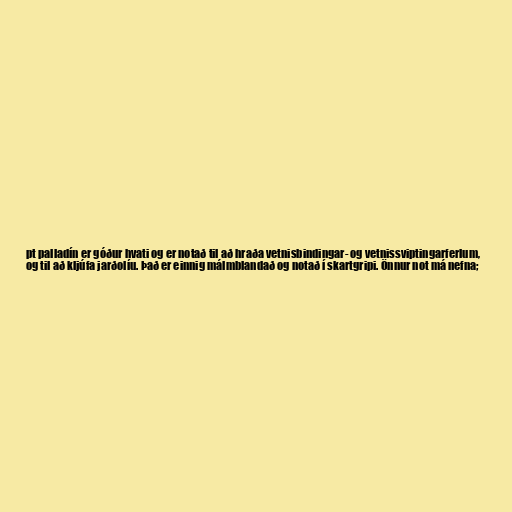
pt palladín er góður hvati og er notað til að hraða vetnisbindingar- og vetnissviptingarferlum,
og til að kljúfa jarðolíu. Það er einnig málmblandað og notað í skartgripi. Önnur not má nefna;